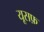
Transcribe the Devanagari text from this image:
यूसफ़